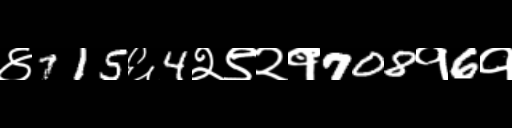
Text: ४715६4२९२१708१6१